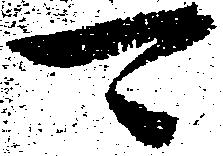
可